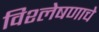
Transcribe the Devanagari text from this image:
विश्‍लेषणाचे